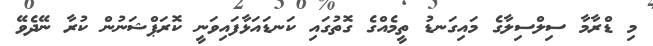
މި ޑްރާމާ ސިލްސިލާގެ މައިގަނޑު ތީމެއްގެ ގޮތުގައި ކަނޑައަޅާފައިވަނީ ކޮރަޕްޝަނުން ކުރާ ނޭދެވޭ